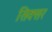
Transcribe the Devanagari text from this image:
सिक्सर